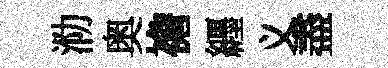
泐奥襜纒义盡